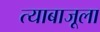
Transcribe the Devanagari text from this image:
त्याबाजूला